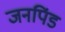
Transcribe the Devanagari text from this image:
जनपिंड